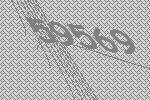
59569